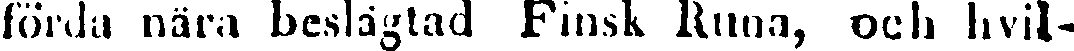
förda nära beslägtad Finsk Runa, och hvil-